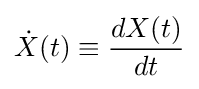
{\dot {X}}(t)\equiv {dX(t) \over dt}